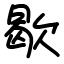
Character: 歇